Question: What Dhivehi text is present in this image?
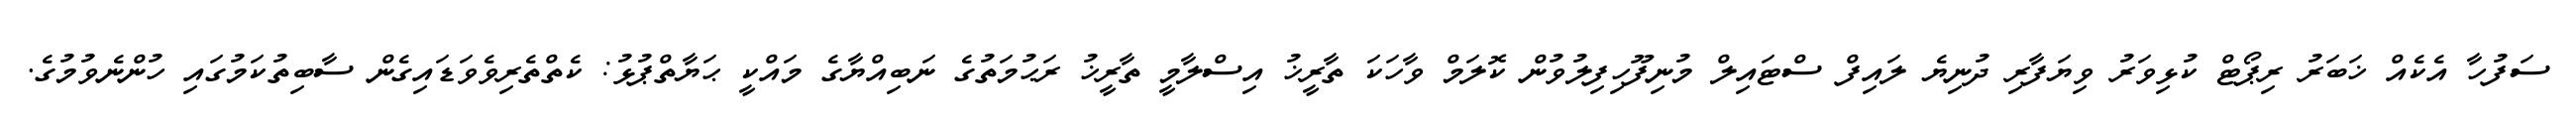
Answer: ސަފުހާ އެކެއް ޚަބަރު ރިޕޯޓް ކުޅިވަރު ވިޔަފާރި ދުނިޔެ ލައިފް ސްޓައިލް މުނިފޫހިފިލުވުން ކޮލަމް ވާހަކަ ތާރީޚު އިސްލާމީ ތާރީޚު ރަޙުމަތުގެ ނަބިއްޔާގެ މައްކީ ޙަޔާތްޕުޅު: ކެތްތެރިވެވަޑައިގެން ސާބިތުކަމުގައި ހުންނެވުމުގެ.